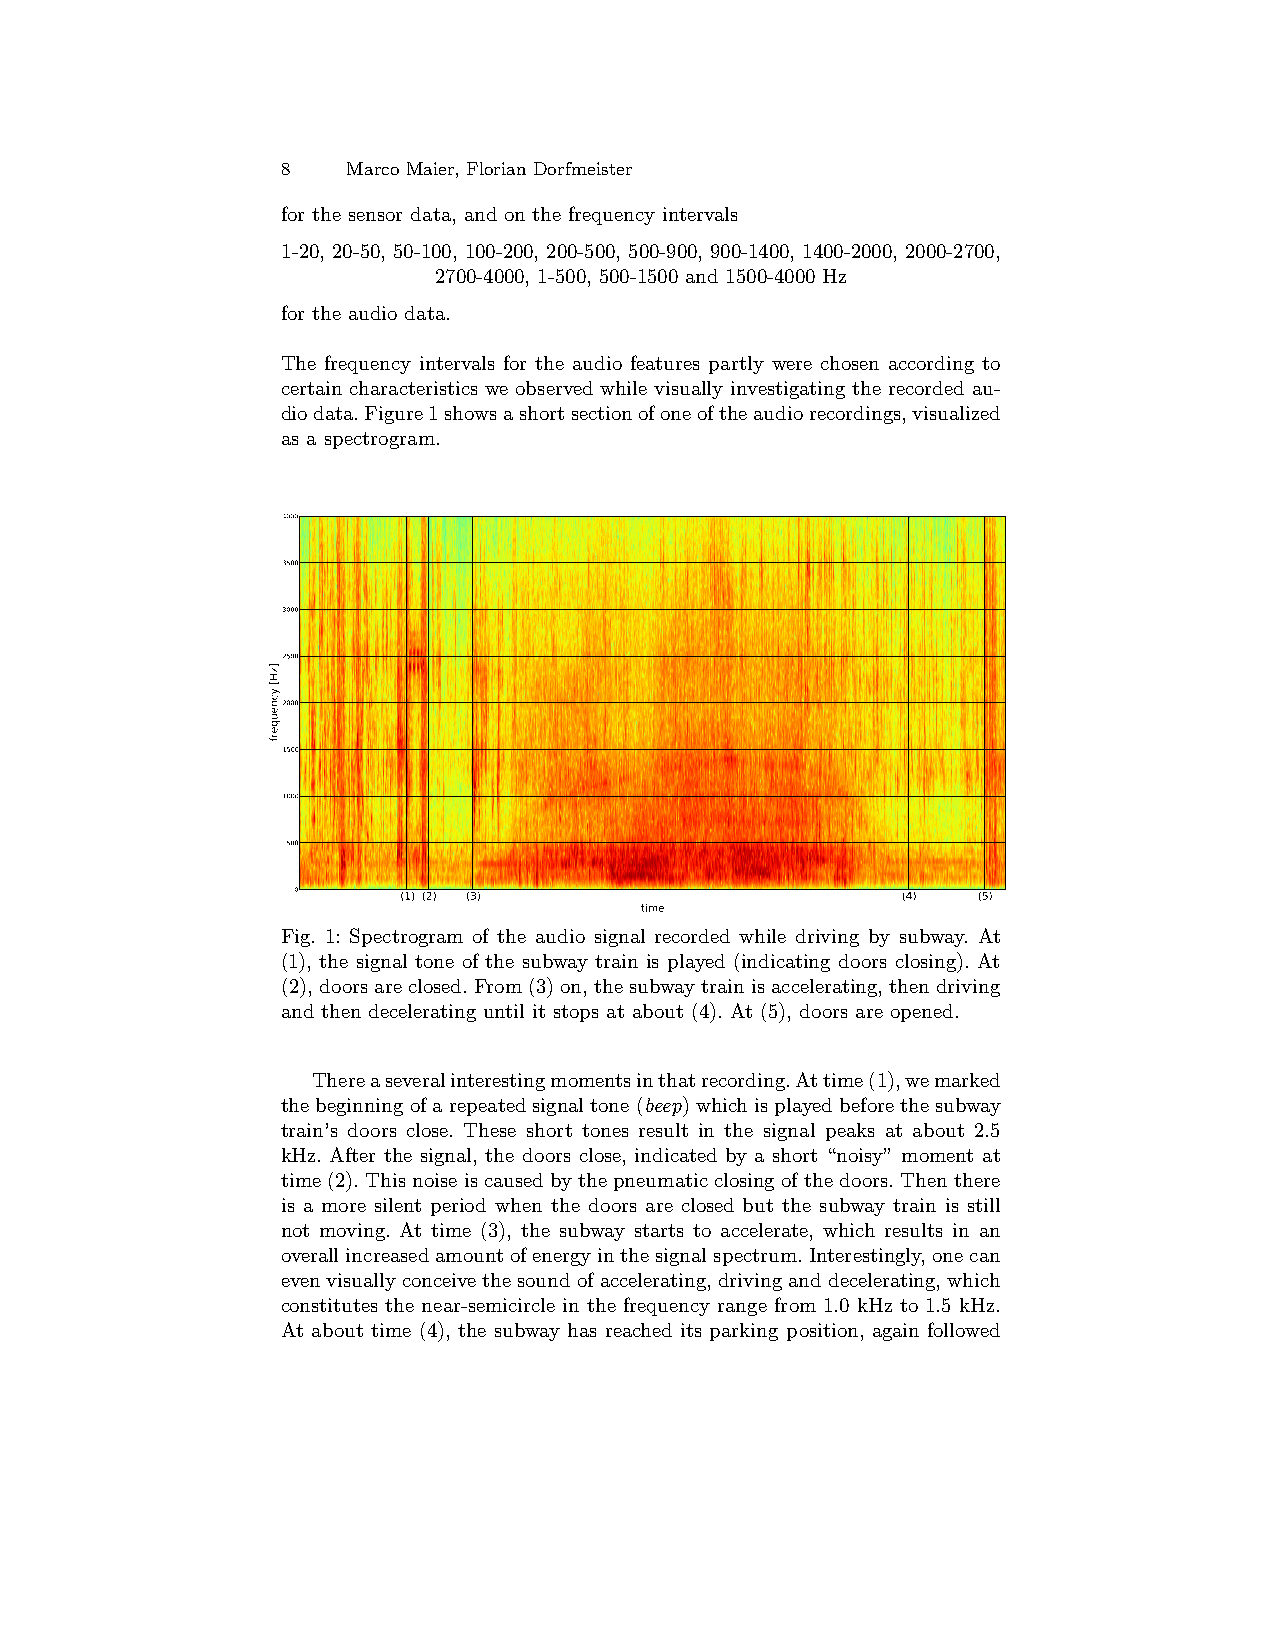
8   Marco Maier, Florian Dorfmeister
 for the sensor data, and on the frequency intervals
 1-20, 20-50, 50-100, 100-200, 200-500, 500-900, 900-1400, 1400-2000, 2000-2700,
 2700-4000, 1-500, 500-1500 and 1500-4000 Hz
 for the audio data.
 The frequency intervals for the audio features partly were chosen according to
 certain characteristics we observed while visually investigating the recorded au-
 diodata.Figure1showsashortsectionofoneoftheaudiorecordings,visualized
 as a spectrogram.
 4000
 3500
 3000
 2500
 2000
 1500
 1000
 500
 0       (1) (2) (3)                      (4)  (5)
 time
 Fig. 1: Spectrogram of the audio signal recorded while driving by subway. At
 (1), the signal tone of the subway train is played (indicating doors closing). At
 (2),doorsareclosed.From(3)on,thesubwaytrainisaccelerating,thendriving
 and then decelerating until it stops at about (4). At (5), doors are opened.
 Thereaseveralinterestingmomentsinthatrecording.Attime(1),wemarked
 thebeginningofarepeatedsignaltone(beep)whichisplayedbeforethesubway
 train’s doors close. These short tones result in the signal peaks at about 2.5
 kHz. After the signal, the doors close, indicated by a short “noisy” moment at
 time (2). This noise is caused by the pneumatic closing of the doors. Then there
 is a more silent period when the doors are closed but the subway train is still
 not moving. At time (3), the subway starts to accelerate, which results in an
 overallincreasedamountofenergyinthesignalspectrum.Interestingly,onecan
 evenvisuallyconceivethesoundofaccelerating,drivinganddecelerating,which
 constitutes the near-semicircle in the frequency range from 1.0 kHz to 1.5 kHz.
 At about time (4), the subway has reached its parking position, again followed
 ]zH[
 ycneuqerf